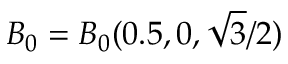
\boldsymbol { B _ { 0 } } = B _ { 0 } ( 0 . 5 , 0 , \sqrt { 3 } / 2 )